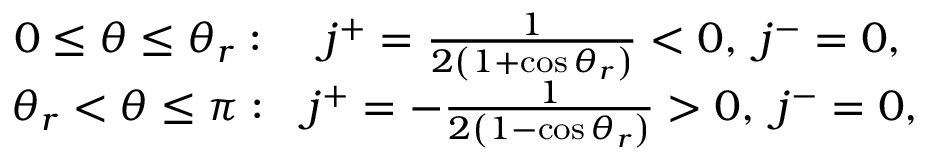
\begin{array} { c c } { 0 \leq \theta \leq \theta _ { r } : } & { j ^ { + } = \frac { 1 } { 2 \left( 1 + \cos \theta _ { r } \right) } < 0 , \ j ^ { - } = 0 , } \\ { \theta _ { r } < \theta \leq \pi : } & { j ^ { + } = - \frac { 1 } { 2 \left( 1 - \cos \theta _ { r } \right) } > 0 , \ j ^ { - } = 0 , } \end{array}